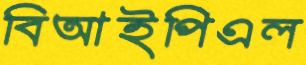
বিআইপিএল